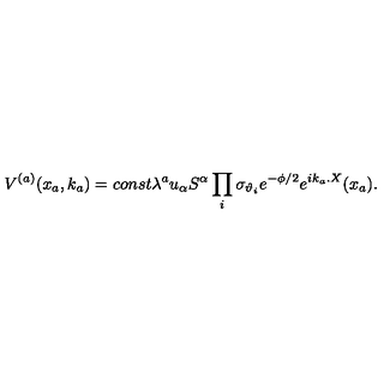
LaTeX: V ^ { ( a ) } ( x _ { a } , k _ { a } ) = c o n s t \lambda ^ { a } u _ { \alpha } S ^ { \alpha } \prod _ { i } \sigma _ { \vartheta _ { i } } e ^ { - \phi / 2 } e ^ { i k _ { a } . X } ( x _ { a } ) .